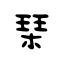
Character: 琹